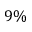
9 \%